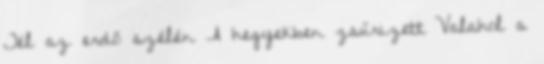
Tél az erdő szélén A hegyekben zsűrizett Valahol a